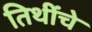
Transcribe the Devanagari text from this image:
तिथींचे